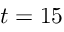
t = 1 5